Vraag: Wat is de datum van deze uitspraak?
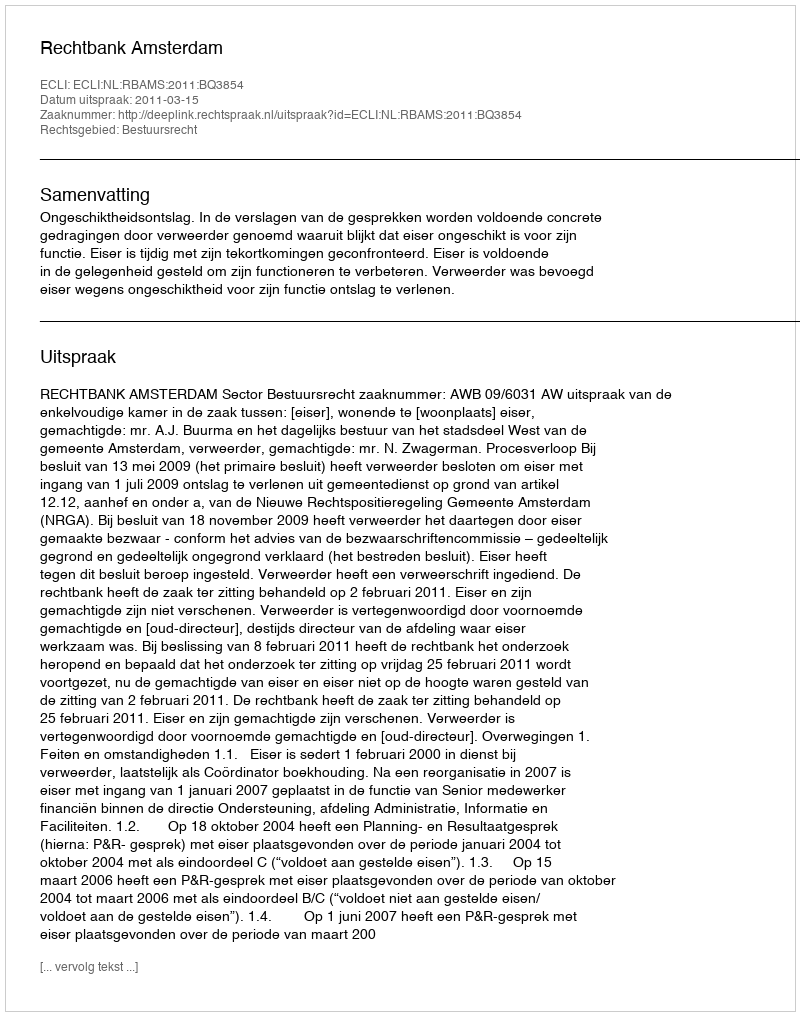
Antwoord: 2011-03-15